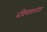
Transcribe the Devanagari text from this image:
भविष्यकथनात